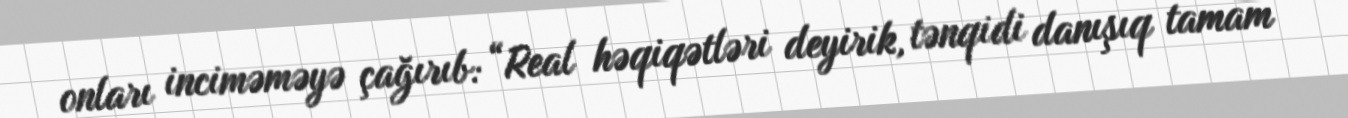
onları inciməməyə çağırıb: “Real həqiqətləri deyirik, tənqidi danışıq tamam